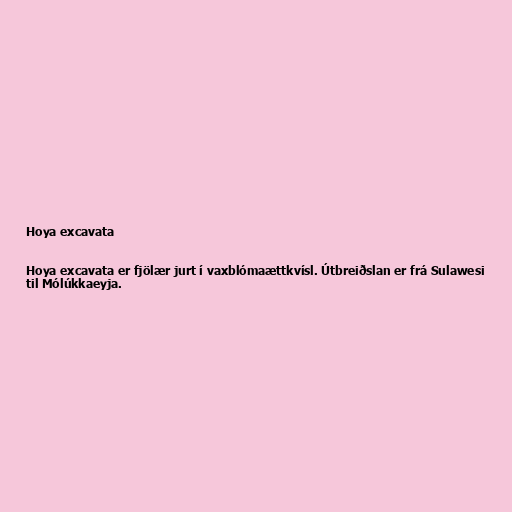
Hoya excavata

Hoya excavata er fjölær jurt í vaxblómaættkvísl. Útbreiðslan er frá Sulawesi
til Mólúkkaeyja.